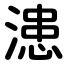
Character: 漶